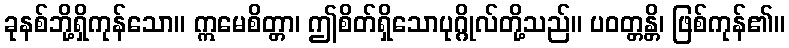
ခုနစ်ဘို့ရှိကုန်သော။ ဣမေစိတ္တာ၊ ဤစိတ်ရှိသောပုဂ္ဂိုလ်တို့သည်။ ပဝတ္တန္တိ၊ ဖြစ်ကုန်၏။